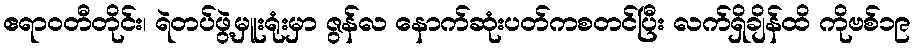
ဧရာဝတီတိုင်း၊ ရဲတပ်ဖွဲ့မှူးရုံးမှာ ဇွန်လ နောက်ဆုံးပတ်ကစတင်ပြီး လက်ရှိချိန်ထိ ကိုဗစ်၁၉